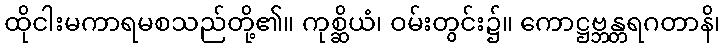
ထိုငါးမကာရမစသည်တို့၏။ ကုစ္ဆိယံ၊ ဝမ်းတွင်း၌။ ကောဋ္ဌဗ္ဘန္တရဂတာနိ၊